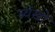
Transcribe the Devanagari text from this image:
ब्यंखो